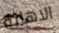
الاهانة